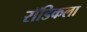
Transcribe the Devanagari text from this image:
रॉडिकला